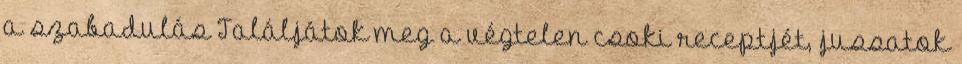
a szabadulás Találjátok meg a végtelen csoki receptjét, jussatok